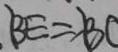
B E = B C